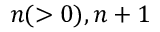
n ( > 0 ) , n + 1